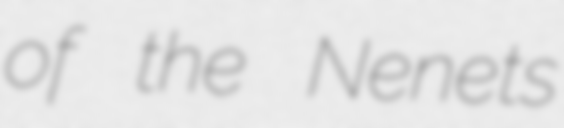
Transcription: of the Nenets